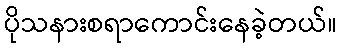
ပိုသနားစရာကောင်းနေခဲ့တယ်။